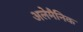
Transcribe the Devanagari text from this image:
अलेमैनिक